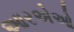
આરએઓ